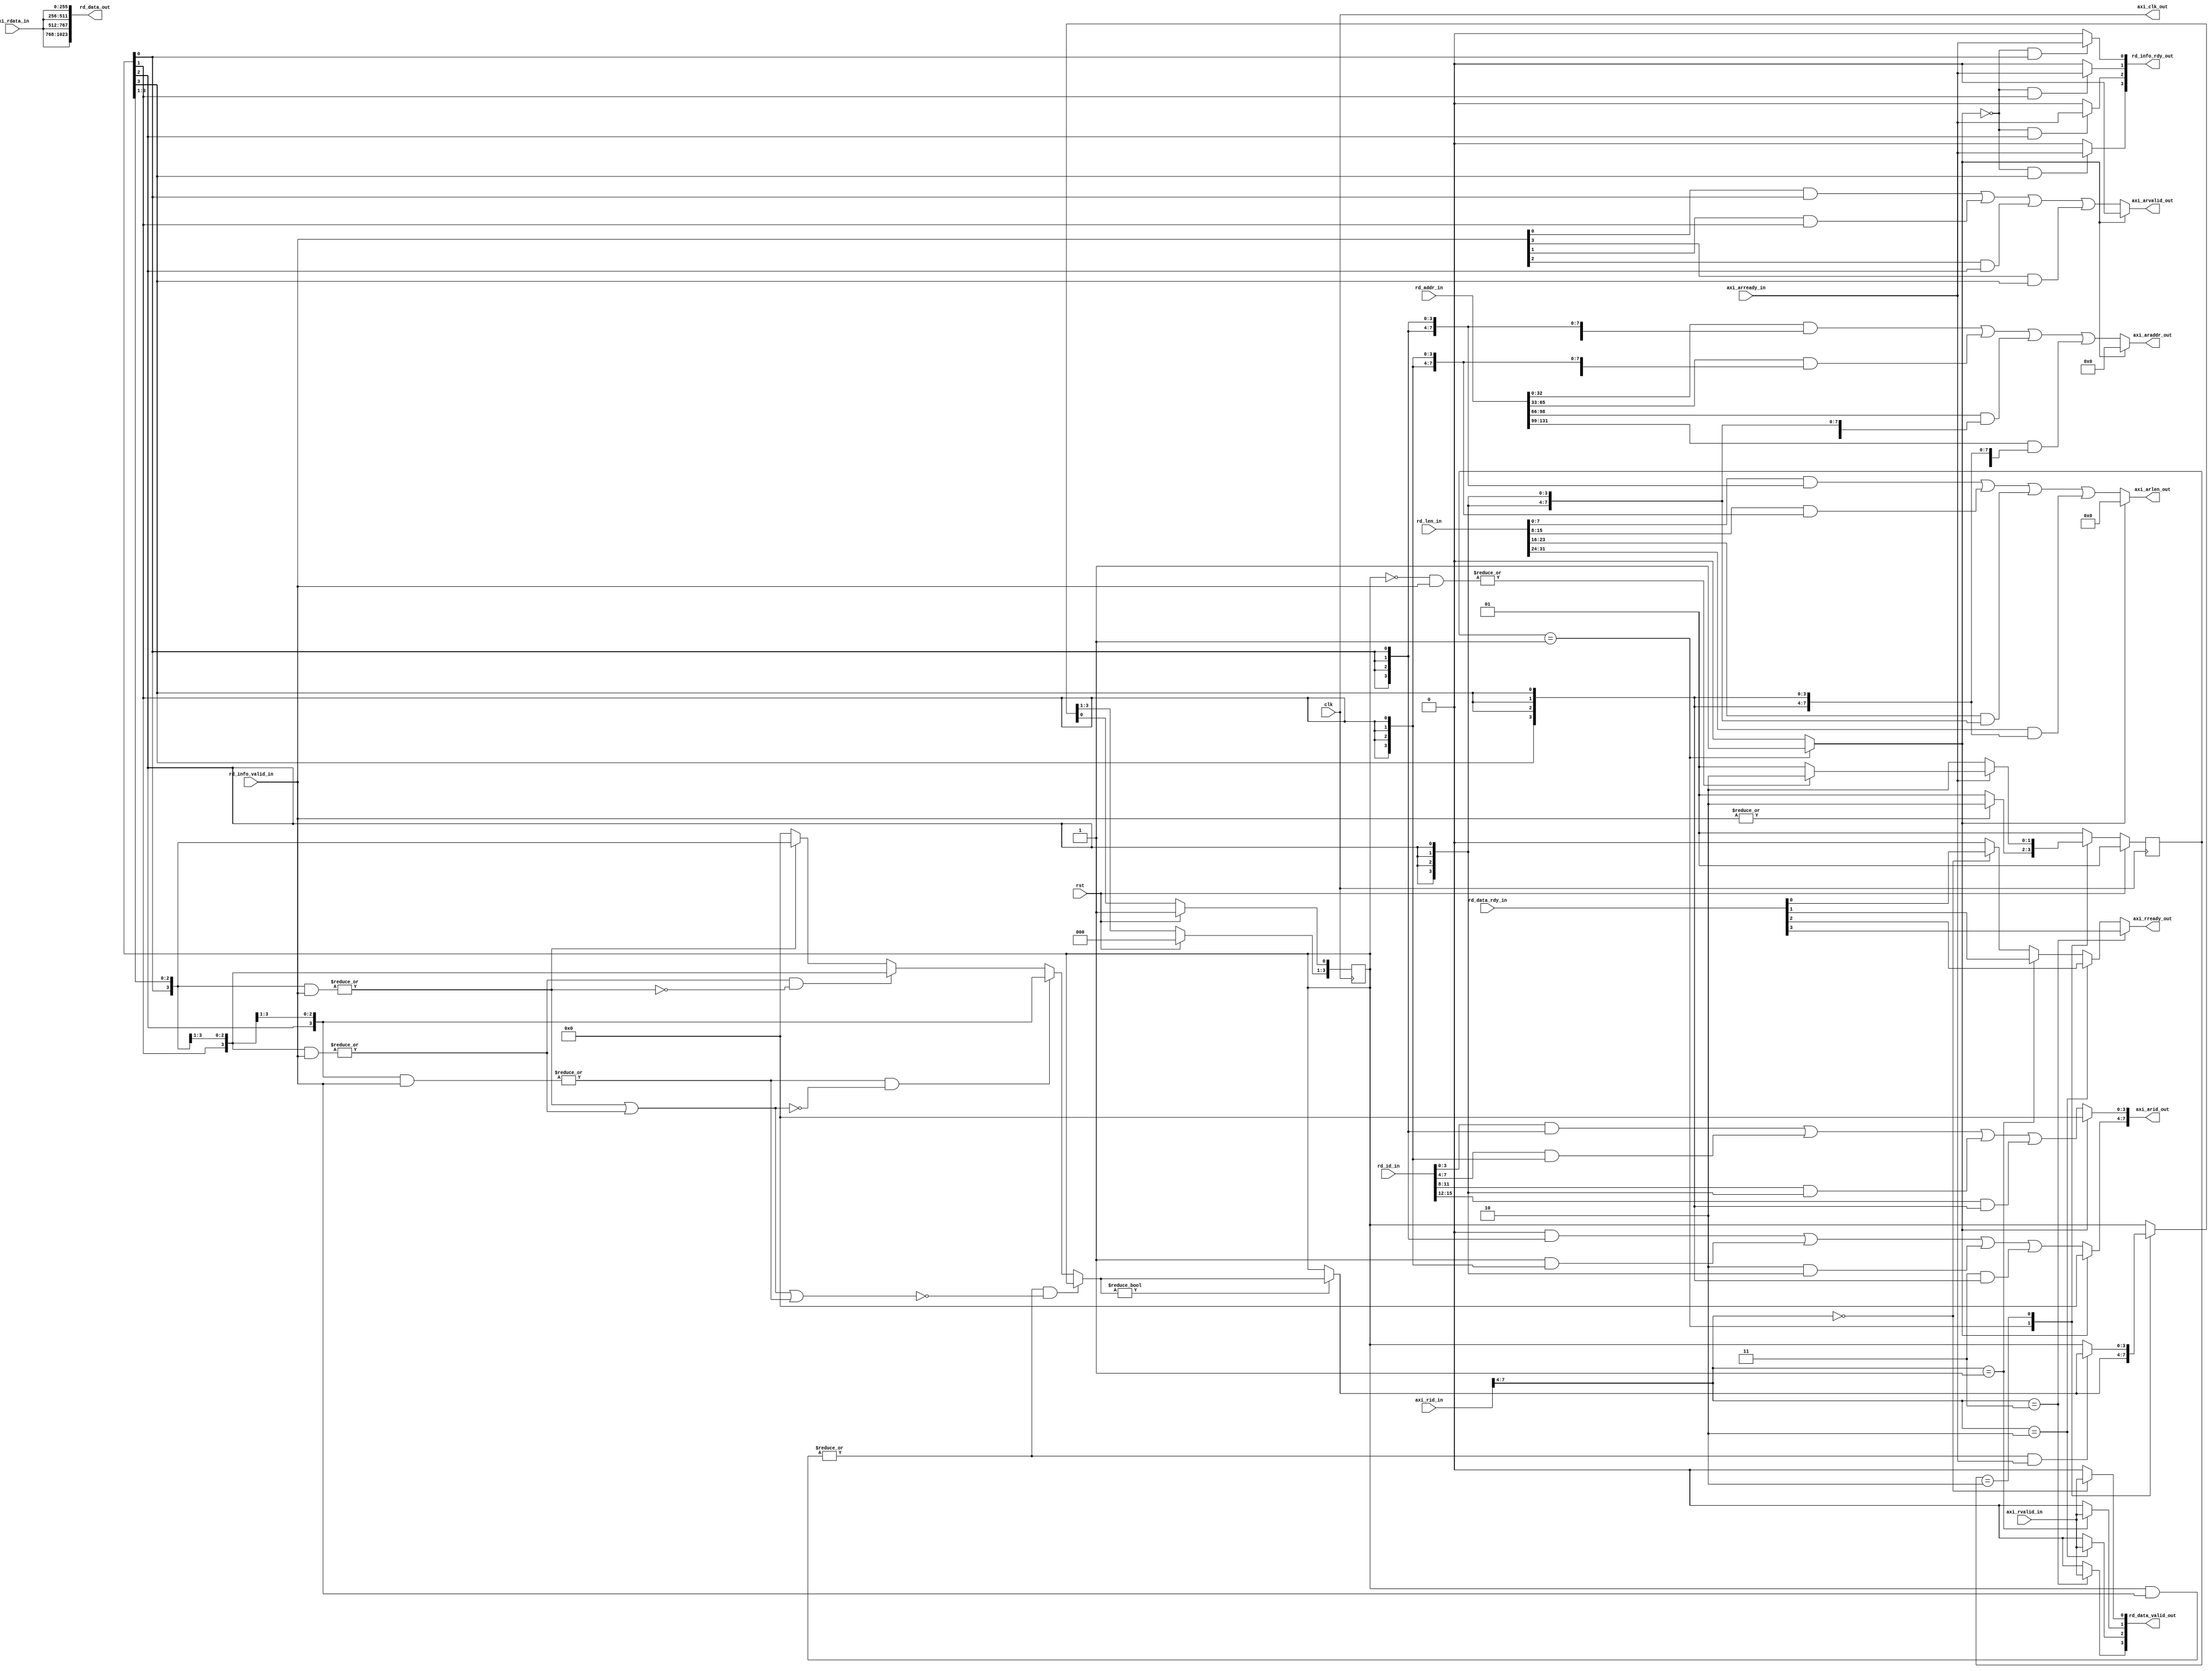
/*  File Name        : AXIArbiter.v
 *  Description      : AXI Bus Arbiter
 *
 *                     Arbitrates between the AXI bus port and a parameterized number
 *                     of reference reader ports.
 *
 *                     The arbiter round-robin selects the next port to service,
 *                     if any. When selecting a port, it connects the handshaking
 *                     lines between the AXI bus and the selected port, while
 *                     enqueueing the port number into an outstanding requests FIFO.
 *
 *                     When data is valid on the AXI data bus, the arbiter connects
 *                     the AXI bus handshaking lines to the port whos number is
 *                     indicated in the top bits of the rd_id of the AXI bus.
 *
 *  Revision History :
 *      Albert Ng   Aug 31 2013     Copied from fair, 4-way AXI Arbiter
 *
 */
module AXIArbiter3 #(
    parameter NUM_PORTS = 4,
    parameter C0_C_S_AXI_ID_WIDTH = 8
    )
    (
    input         clk,                   // System clock
    input         rst,                   // System reset
    
    // AXI Bus Interface
    output        axi_clk_out,           // AXI bus clock
    input         axi_arready_in,        // AXI bus address ready
    output [C0_C_S_AXI_ID_WIDTH-1:0] axi_arid_out, // AXI bus address request ID
    output [32:0] axi_araddr_out,        // AXI bus address
    output [7:0]  axi_arlen_out,         // AXI bus address read length    
    output        axi_arvalid_out,       // AXI bus address valid
    input [C0_C_S_AXI_ID_WIDTH-1:0] axi_rid_in,    // AXI bus read data request ID
    input         axi_rvalid_in,         // AXI bus read data valid
    input [255:0] axi_rdata_in,          // AXI bus read data
    output        axi_rready_out,        // AXI bus read data ready
    
    // Reference Reader Interfaces
    input [(C0_C_S_AXI_ID_WIDTH-4)*NUM_PORTS-1:0] rd_id_in,
    input [33*NUM_PORTS-1:0] rd_addr_in,
    input [8*NUM_PORTS-1:0] rd_len_in,
    input [NUM_PORTS-1:0] rd_info_valid_in,
    output [NUM_PORTS-1:0] rd_info_rdy_out,
    output [256*NUM_PORTS-1:0] rd_data_out,
    output [NUM_PORTS-1:0] rd_data_valid_out,
    input [NUM_PORTS-1:0] rd_data_rdy_in
    );

    // FSM states
    localparam WAIT_PORT_VALID = 2'b01,
               CONNECT_PORT    = 2'b10;
    reg [1:0] state;
    reg [1:0] next_state;
    
    // Port select signals
    reg [NUM_PORTS-1:0] cur_port;
    wire [2*NUM_PORTS-1:0] cur_port_double;
    reg [NUM_PORTS-1:0] next_port;
    reg disconnect_port;
    
    // AXI bus interface output signals
    wire [C0_C_S_AXI_ID_WIDTH-1:0]  axi_arid;
    wire [32:0] axi_araddr;
    wire [7:0]  axi_arlen;
    wire        axi_arvalid;
    wire        axi_rready;
    
    // Reference reader output signals
    wire [NUM_PORTS-1:0] rd_info_rdy;
    wire [256*NUM_PORTS-1:0] rd_data;
    wire [NUM_PORTS-1:0] rd_data_valid;
    
    // AXI bus interface intermediate signals
    wire [3:0] axi_arid_high_intermediate [NUM_PORTS-1:0];
    wire [C0_C_S_AXI_ID_WIDTH-5:0] axi_arid_low_intermediate [NUM_PORTS-1:0];
    wire [32:0] axi_araddr_intermediate [NUM_PORTS-1:0];
    wire [7:0] axi_arlen_intermediate [NUM_PORTS-1:0];
    wire axi_arvalid_intermediate [NUM_PORTS-1:0];
    wire axi_rready_intermediate [NUM_PORTS-1:0];

    // Next port logic signals
    wire [NUM_PORTS-1:0] cur_port_rotate [NUM_PORTS-1:0];
    wire [NUM_PORTS-1:0] cur_port_rotate_valid;
    wire [NUM_PORTS-1:0] port_selected;
    wire [NUM_PORTS-1:0] next_port_intermediate [NUM_PORTS-1:0];

    // AXI bus interface
    assign axi_clk_out     = clk;
    assign axi_arid_out    = axi_arid;
    assign axi_araddr_out  = axi_araddr;
    assign axi_arlen_out   = axi_arlen;
    assign axi_arvalid_out = axi_arvalid;
    assign axi_rready_out  = axi_rready;
    
    // Reference reader interface
    assign rd_info_rdy_out = rd_info_rdy;
    assign rd_data_out = rd_data;
    assign rd_data_valid_out = rd_data_valid;
    
    // Address handshake port connections
    genvar i;
    assign axi_arid_high_intermediate[0] = 0 & {4{cur_port[0]}};
    assign axi_arid_low_intermediate[0] = rd_id_in[C0_C_S_AXI_ID_WIDTH-5:0] & {(C0_C_S_AXI_ID_WIDTH-4){cur_port[0]}};
    assign axi_araddr_intermediate[0] = rd_addr_in[32:0] & {33{cur_port[0]}};
    assign axi_arlen_intermediate[0] = rd_len_in[7:0] & {8{cur_port[0]}};
    assign axi_arvalid_intermediate[0] = rd_info_valid_in[0] & cur_port[0];
    assign rd_info_rdy[0] = (!disconnect_port & cur_port[0]) ? axi_arready_in : 0;
    generate
        for (i=1; i<NUM_PORTS; i=i+1) begin: address_handshake_gen
            assign axi_arid_high_intermediate[i] = axi_arid_high_intermediate[i-1] |( i & {4{cur_port[i]}});
            assign axi_arid_low_intermediate[i] = axi_arid_low_intermediate[i-1] | (rd_id_in[(C0_C_S_AXI_ID_WIDTH-4)*(i+1)-1 -: (C0_C_S_AXI_ID_WIDTH-4)] & {(C0_C_S_AXI_ID_WIDTH-4){cur_port[i]}});
            assign axi_araddr_intermediate[i] = axi_araddr_intermediate[i-1] | (rd_addr_in[33*(i+1)-1 -: 33] & {33{cur_port[i]}});
            assign axi_arlen_intermediate[i] = axi_arlen_intermediate[i-1] | (rd_len_in[8*(i+1)-1 -: 8] & {8{cur_port[i]}});
            assign axi_arvalid_intermediate[i] = axi_arvalid_intermediate[i-1] | (rd_info_valid_in[i] & cur_port[i]);
            assign rd_info_rdy[i] = (!disconnect_port & cur_port[i]) ? axi_arready_in : 0;
        end
    endgenerate
    assign axi_arid[C0_C_S_AXI_ID_WIDTH-1 -: 4] = disconnect_port ? 0 : axi_arid_high_intermediate[NUM_PORTS-1];
    assign axi_arid[C0_C_S_AXI_ID_WIDTH-5:0] = disconnect_port ? 0 : axi_arid_low_intermediate[NUM_PORTS-1];
    assign axi_araddr = disconnect_port ? 0 : axi_araddr_intermediate[NUM_PORTS-1];
    assign axi_arlen = disconnect_port ? 0 : axi_arlen_intermediate[NUM_PORTS-1];
    assign axi_arvalid = disconnect_port ? 0 : axi_arvalid_intermediate[NUM_PORTS-1];

    // Data handshake port connections
    assign axi_rready_intermediate[0] = (axi_rid_in[C0_C_S_AXI_ID_WIDTH-1 -: 4] == 0) ? rd_data_rdy_in[0] : 0;
    assign rd_data_valid[0] = (axi_rid_in[C0_C_S_AXI_ID_WIDTH-1 -: 4] == 0) ? axi_rvalid_in : 0; 
    generate
        for (i = 1; i < NUM_PORTS; i = i + 1) begin: data_handshake_gen
            assign axi_rready_intermediate[i] = (axi_rid_in[C0_C_S_AXI_ID_WIDTH-1 -: 4] == i) ? rd_data_rdy_in[i] : axi_rready_intermediate[i-1];
            assign rd_data_valid[i] = (axi_rid_in[C0_C_S_AXI_ID_WIDTH-1 -: 4] == i) ? axi_rvalid_in : 0;
        end
    endgenerate
    assign axi_rready = axi_rready_intermediate[NUM_PORTS-1];
    generate
        for (i = 0; i < NUM_PORTS; i = i + 1) begin: rd_data_gen
            assign rd_data[256*(i+1)-1 -: 256] = axi_rdata_in;
        end
    endgenerate

    // Next port logic
    assign cur_port_double = {cur_port, cur_port};
    generate
        for (i = 0; i < NUM_PORTS; i = i + 1) begin: cur_port_rotate_gen
            assign cur_port_rotate[i] = cur_port_double[i + NUM_PORTS -: NUM_PORTS];
            //assign cur_port_rotate[i] = {cur_port[i:0], cur_port[NUM_PORTS-1 -: ]};
        end
    endgenerate
    generate
        for (i = 0; i < NUM_PORTS; i = i + 1) begin: cur_port_rotate_valid_gen
            assign cur_port_rotate_valid[i] = |(cur_port_rotate[i] & rd_info_valid_in);
        end
    endgenerate
    assign port_selected[0] = 0;
    generate
        for (i = 1; i < NUM_PORTS; i = i + 1) begin: port_select_gen
            assign port_selected[i] = port_selected[i-1] | cur_port_rotate_valid[i-1];
        end
    endgenerate
    assign next_port_intermediate[0] = cur_port_rotate_valid[0] ? cur_port_rotate[0] : 0;
    generate
        for (i = 1; i < NUM_PORTS; i = i + 1) begin: next_port_gen
            assign next_port_intermediate[i] = (cur_port_rotate_valid[i] & !port_selected[i]) ? cur_port_rotate[i] : next_port_intermediate[i-1];
        end
    endgenerate
    
    // FSM
    always @(posedge clk) begin
        if (rst) begin
            state <= WAIT_PORT_VALID;
            cur_port[0] <= 1;
            cur_port[NUM_PORTS-1:1] <= 0;
        end else begin
            state <= next_state;
            cur_port <= next_port;
        end
    end
    always @(*) begin
        case(state)
            WAIT_PORT_VALID: begin
                if (|(rd_info_valid_in)) begin
                    next_state = CONNECT_PORT;
                end else begin
                    next_state = WAIT_PORT_VALID;
                end
            end
            
            CONNECT_PORT: begin
                // Handshake complete
                if (axi_arready_in) begin
                    // Still another port requesting
                    if (|((~cur_port) & rd_info_valid_in)) begin
                        next_state = CONNECT_PORT;
                    // No more ports requesting
                    end else begin
                        next_state = WAIT_PORT_VALID;
                    end
                end else begin
                    next_state = CONNECT_PORT;
                end
             end
             
             default: begin     // Should never get here
                next_state = WAIT_PORT_VALID;
             end
         endcase
     end
     always @(*) begin
        case(state)
            WAIT_PORT_VALID: begin
                if (next_port_intermediate[NUM_PORTS-1] != 0) begin
                    next_port = next_port_intermediate[NUM_PORTS-1];
                end else begin
                    next_port = cur_port;
                end
                disconnect_port = 1;
            end
            
            CONNECT_PORT: begin
                if ((|(cur_port & rd_info_valid_in)) & axi_arready_in) begin
                    if (next_port_intermediate[NUM_PORTS-1] != 0) begin
                        next_port = next_port_intermediate[NUM_PORTS-1];
                    end else begin
                        next_port = cur_port;
                    end
                end else begin
                    next_port = cur_port;
                end
                disconnect_port = 0;
            end
            
            default: begin      // Should never get here
                next_port = cur_port;
                disconnect_port = 0;
            end
        endcase
    end
endmodule